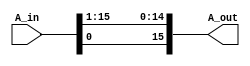
// Andrew Doucet
// Spencer Dugas

// Shift Right
module SHR (A_in,A_out);

	// I/O
	input [15:0] A_in;
	output [15:0] A_out;
	
	// Shifts all bits right
	assign A_out[15] = A_in[0];
	assign A_out[0] = A_in[1];
	assign A_out[1] = A_in[2];
	assign A_out[2] = A_in[3];
	assign A_out[3] = A_in[4];
	assign A_out[4] = A_in[5];
	assign A_out[5] = A_in[6];
	assign A_out[6] = A_in[7];
	assign A_out[7] = A_in[8];
	assign A_out[8] = A_in[9];
	assign A_out[9] = A_in[10];
	assign A_out[10] = A_in[11];
	assign A_out[11] = A_in[12];
	assign A_out[12] = A_in[13];
	assign A_out[13] = A_in[14];
	assign A_out[14] = A_in[15];
	
endmodule